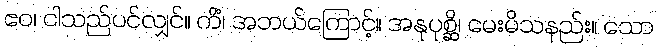
ဧဝ၊ ငါသည်ပင်လျှင်။ ကိံ၊ အဘယ်ကြောင့်။ အနုပုစ္ဆိ၊ မေးမိသနည်း။ သော